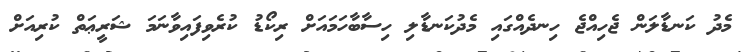
މެދު ކަނޑާލަން ޖެހިއްޖެ ހިނދެއްގައި މެދުކަނޑާލި ހިސާބާހަމައަށް ރިކޯޑު ކުރެވިފައިވާނަމަ ޝަރީޢަތް ކުރިއަށް